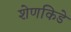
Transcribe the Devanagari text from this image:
शेणकिडे